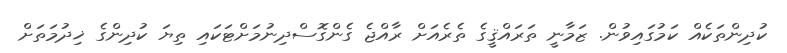
ކުދިންތަކެއް ކަމުގައިވުން. ޒަމާނީ ތަރައްޤީގެ ތެރެއަށް ރާއްޖެ ގެންގޮސްދިނުމަށްޓަކައި ތިޔަ ކުދިންގެ ޚިދުމަތަށް